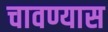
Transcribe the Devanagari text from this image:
चावण्यास